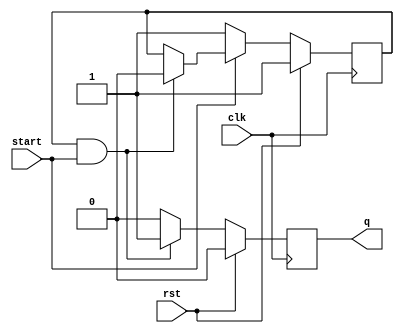
module single_shot(
  input clk,
  input rst,
  input start,
  output q
);

reg can_fire;
reg r_q;

always @(posedge(clk))
begin
  if(rst)
  begin
    can_fire = 1;
    r_q = 0;
  end
  else
  begin
    if(r_q ==1)
      r_q = 0;

    if(can_fire && start)
    begin
      r_q = 1;
      can_fire = 0;
    end

    if(!start)
      can_fire = 1;
  end
end

assign q = r_q;

endmodule